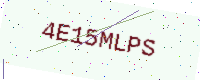
Text: 4E15MLPS